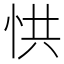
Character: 㤨